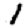
Digit: 1